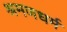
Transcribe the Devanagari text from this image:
श्रमणधर्म